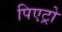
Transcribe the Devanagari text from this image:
पिएट्रो